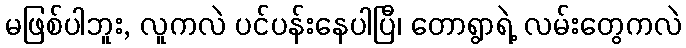
မဖြစ်ပါဘူး, လူကလဲ ပင်ပန်းနေပါပြီ၊ တောရွာရဲ့ လမ်းတွေကလဲ